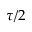
\tau / 2